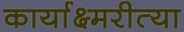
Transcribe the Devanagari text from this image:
कार्याक्ष्मरीत्या